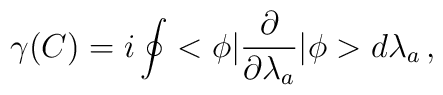
\gamma(C)=i\oint<\phi|\frac{\partial}{\partial\lambda_a}|\phi>d\lambda_a\,{,}